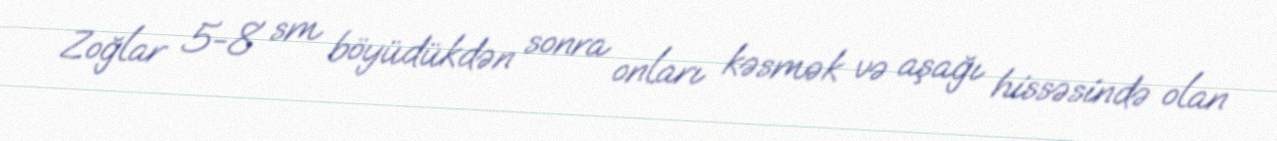
Zoğlar 5-8 sm böyüdükdən sonra onları kəsmək və aşağı hissəsində olan